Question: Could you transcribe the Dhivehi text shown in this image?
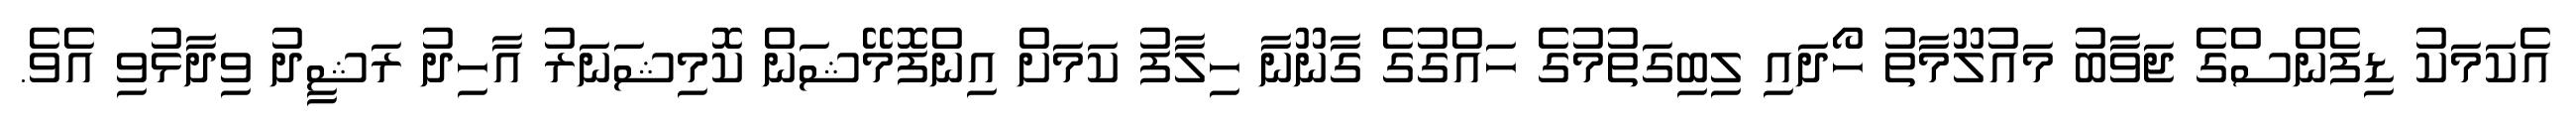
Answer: އެކަމަކު ޑިފެންސްގެ ޖަވާބު މައުލޫމާތު ހޯދައި ލިބިގަތުމުގެ ހައްގުގެ ގާނޫނާ ހިލާފު ކަމަށް އިންފޮމޭޝަން ކޮމިޝަނަރު އާހިދު ރަޝީދު ވިދާޅުވި އެވެ.